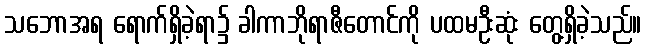
သဘောအရ ရောက်ရှိခဲ့ရာ၌ ခါကာဘိုရာဇီတောင်ကို ပထမဦးဆုံး တွေ့ရှိခဲ့သည်။